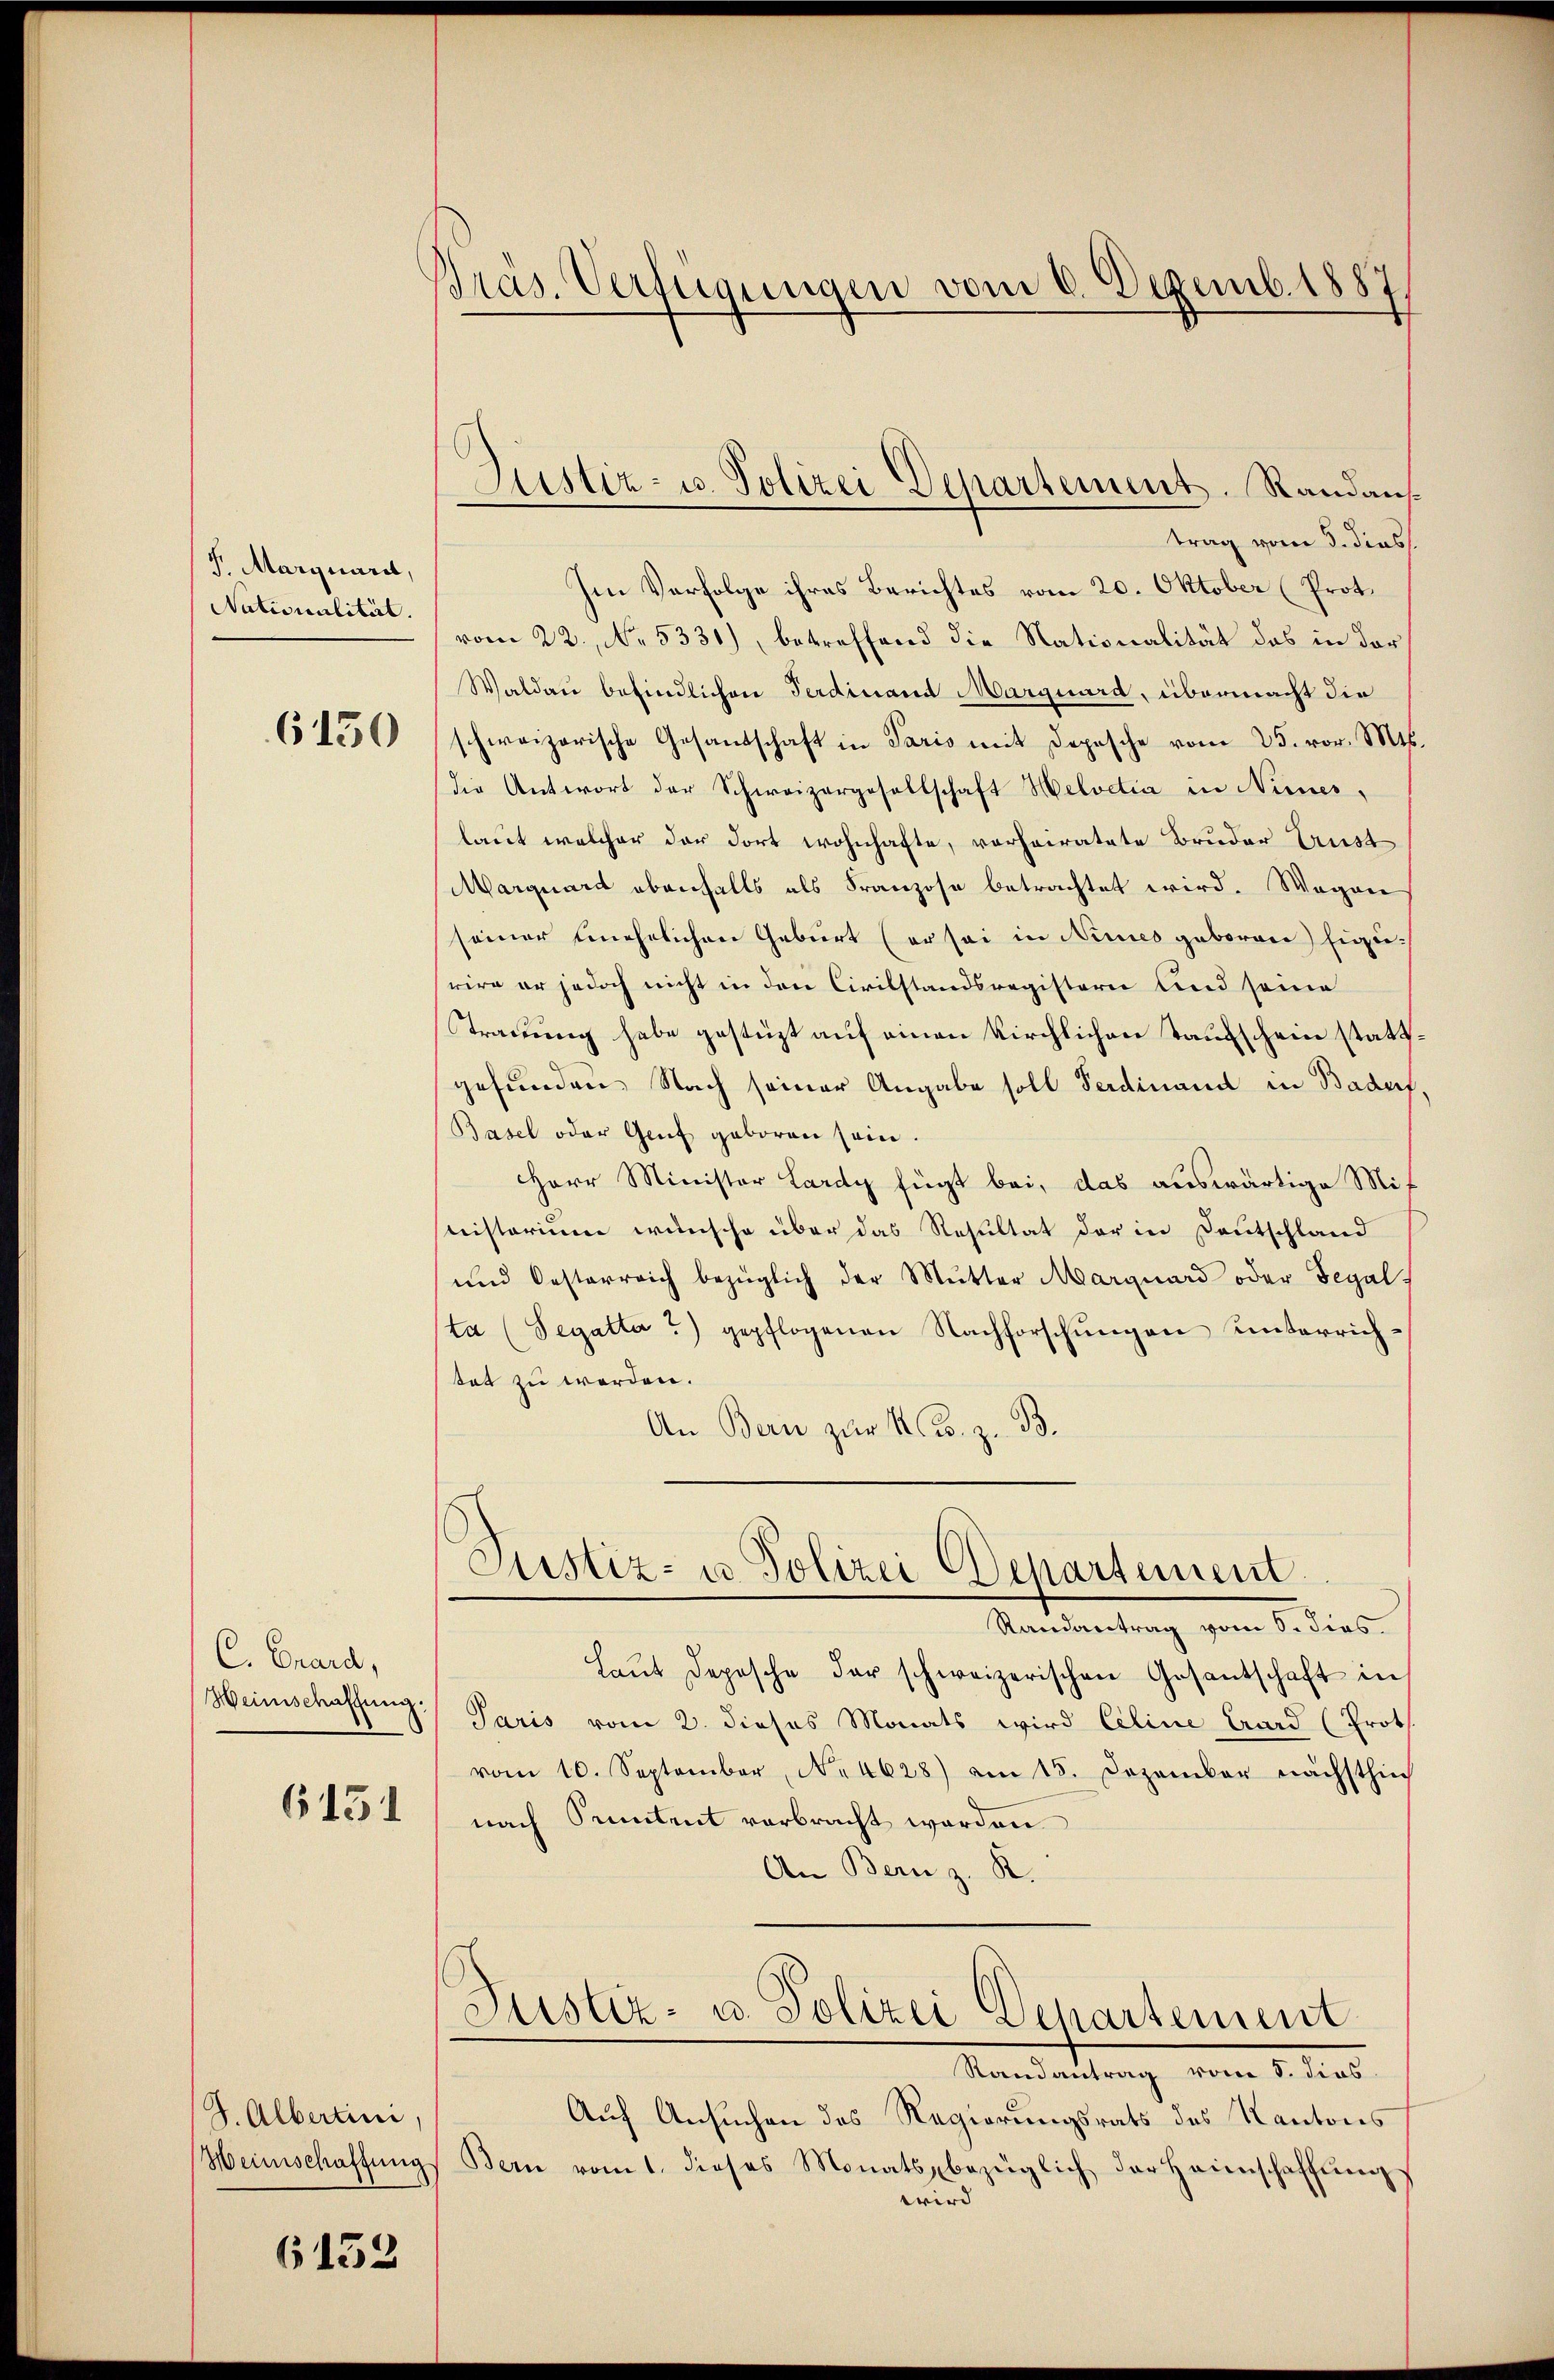
S. Marguard,
Nationalität.

6150

C. Grard,
Weinschaffung.

6151

G. Albertini,

6152

Präs. Verfügungen vom 6. Dezemb. 1887

Justiz- u. Polizei Departement. Randaus¬

trag vom 5. dies
Im Verfolge ihres Berichtes vom 20. Oktober (Prot.
vom 22. No. 5331), betreffend die Nationalität das in der
Waldau befindlichen Ferdinand Marguard, übermacht die
schweizerische Gesandschaft in Paris mit Depesche vom 25. vor. Mts.
die Antwort der Schweizergesellschaft Helvetia in Nemeslaut welcher der dort wohnhafte, vorheiratete Bruder Erust
Marquard ebenfalls als Franzose betrachtet wird. Wegen
seiner unehelichen Geburt (er sei in Nimes geboren Eigerire er jedoch nicht in den Civilstandsregistern und seine
Trauung habe gestüzt auf einen Kirchlichen Taufschein statt.
gefunden Nach seiner Angabe soll Ferdinand in Badenf
Basel oder Genf geboren sein.
Herr Minister Lardy fügt bei, das auswärtige Mit
nistorium wünsche über das Resultat der in Deutschland
und Oesterreich bezüglich der Mŭtter Marquard oder Segal
ta (Segatta?) gepflogenen Nachforschŭngen unterrichtet zu werden.
An Bern zur M.B. z. B.
Justiz- u Polizei Departement.
Randantrag vom 6. dies
Laŭt Deposche der schweizerischen Gesantschaft in
Paris vom 2. dieses Monats wird Celine Crard (Prot
vom 10. September, No. 4628) am 15. Dezember nächsthin
nach Pruntrut verbracht worden
An Bern z. K.
Justiz- u. Polizei Departement
Randantrag vom 5. dies
Auf Ansuchen des Regierungsrats des Kantons
Heimschaffŭng Bern vom 1. dieses Monatsbezüglich der Heimschaffŭng
wird